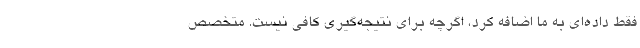
فقط داده‌ای به ما اضافه کرد، اگرچه برای نتیجه‌گیری کافی نیست. متخصص